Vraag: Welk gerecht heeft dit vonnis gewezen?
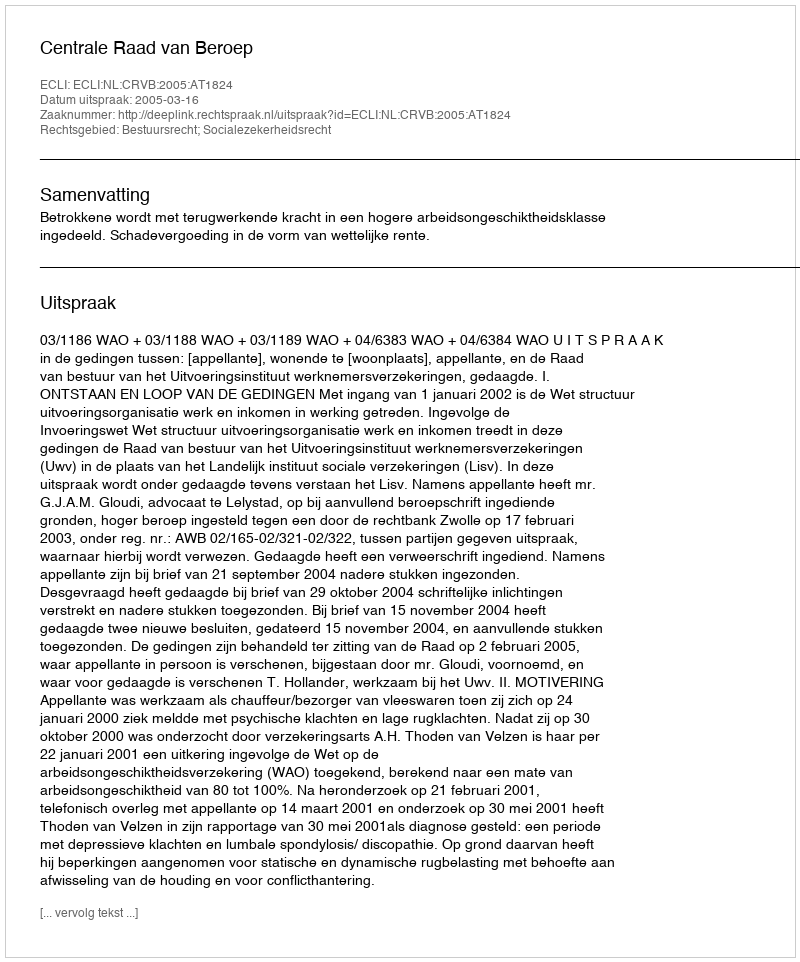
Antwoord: Centrale Raad van Beroep